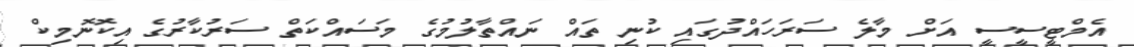
އެމްޓީސީސީ އަށް މާލެ ސަރަހައްދުގައި ކުނި ތައް ނައްތާލުމުގެ މަސައްކަތް ސަރުކާރުގެ އިކޮނޮމިކް